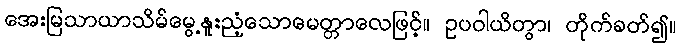
အေးမြသာယာသိမ်မွေ့နူးညံ့သောမေတ္တာလေဖြင့်။ ဥပဝါယိတွာ၊ တိုက်ခတ်၍။